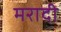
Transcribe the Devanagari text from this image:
मरादी